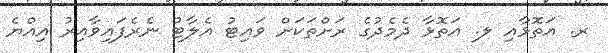
ރ. އަތޮޅާއި ލ. އަތޮޅާ ދެމެދުގެ ރަށްތަކަށް ވައިޓު އެލާޓު ނެރެފައިވާއިރު އިއްޔެ